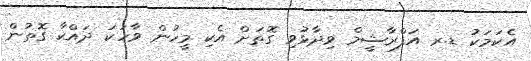
އެކަމަކު ޑ.ރ އަފްރާޝީމް ވިދާޅުވި ގޮތަށް އެކި މީހުން ވާހަކަ ދައްކާ ގޮތުން